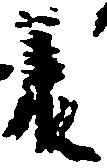
承